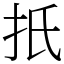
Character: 扺